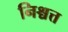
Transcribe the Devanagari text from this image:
निश्चत्त